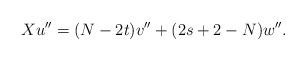
LaTeX: \begin{align*}Xu'' = (N-2t)v'' +(2s+2-N)w''.\end{align*}